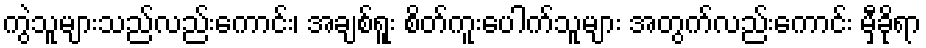
ကွဲသူများသည်လည်းကောင်း၊ အချစ်ရူး စိတ်ကူးပေါက်သူများ အတွက်လည်းကောင်း မှီခိုရာ